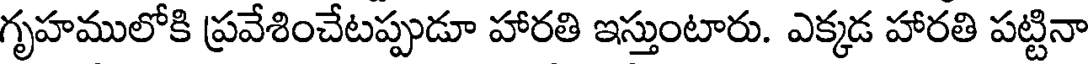
గృహములోకి ప్రవేశించేటప్పుడూ హారతి ఇస్తుంటారు. ఎక్కడ హారతి పట్టినా